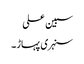
سبین علی
سنہری پہاڑ ۔